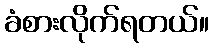
ခံစားလိုက်ရတယ်။